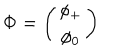
{ \bf \Phi } = \left( \begin{array} { c } { { \phi _ { + } } } \\ { { \phi _ { 0 } } } \\ \end{array} \right)